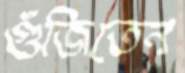
গুঁজিতেন